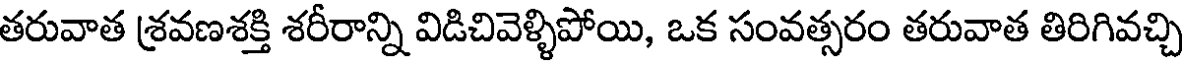
తరువాత శ్రవణశక్తి శరీరాన్ని విడిచివెళ్ళిపోయి, ఒక సంవత్సరం తరువాత తిరిగివచ్చి